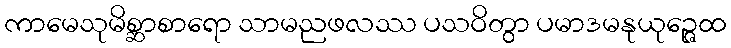
ကာမေသုမိစ္ဆာစာရော သာမညဖလဿ ပသဝိတွာ ပမာဒမနုယုဉ္ဇေထ